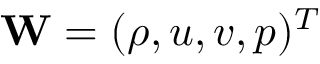
\mathbf { W } = ( \rho , u , v , p ) ^ { T }